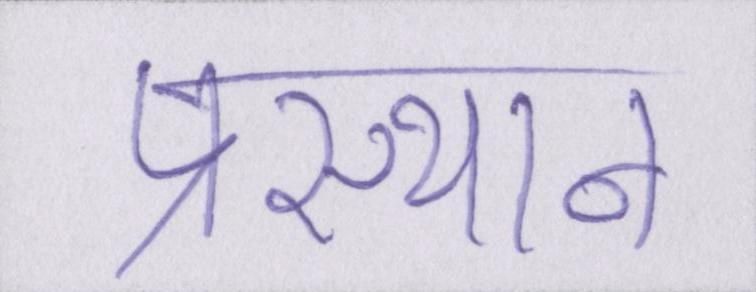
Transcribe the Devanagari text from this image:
प्रस्थान